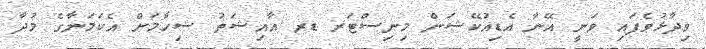
ވިދާޅުވެފައި ވަނީ އޭނާ އެޑިއުކޭޝަން މިނިސްޓަރ ޑރ އާއިޝަތު ޝިހާމަށް އެކަމަނާގެ މުދާ